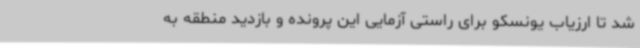
شد تا ارزیاب یونسکو برای راستی آزمایی این پرونده و بازدید منطقه به